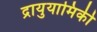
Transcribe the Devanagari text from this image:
द्रायुयामिकी